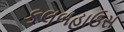
કલબહાઉસ